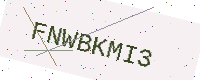
Text: FNWBKMI3